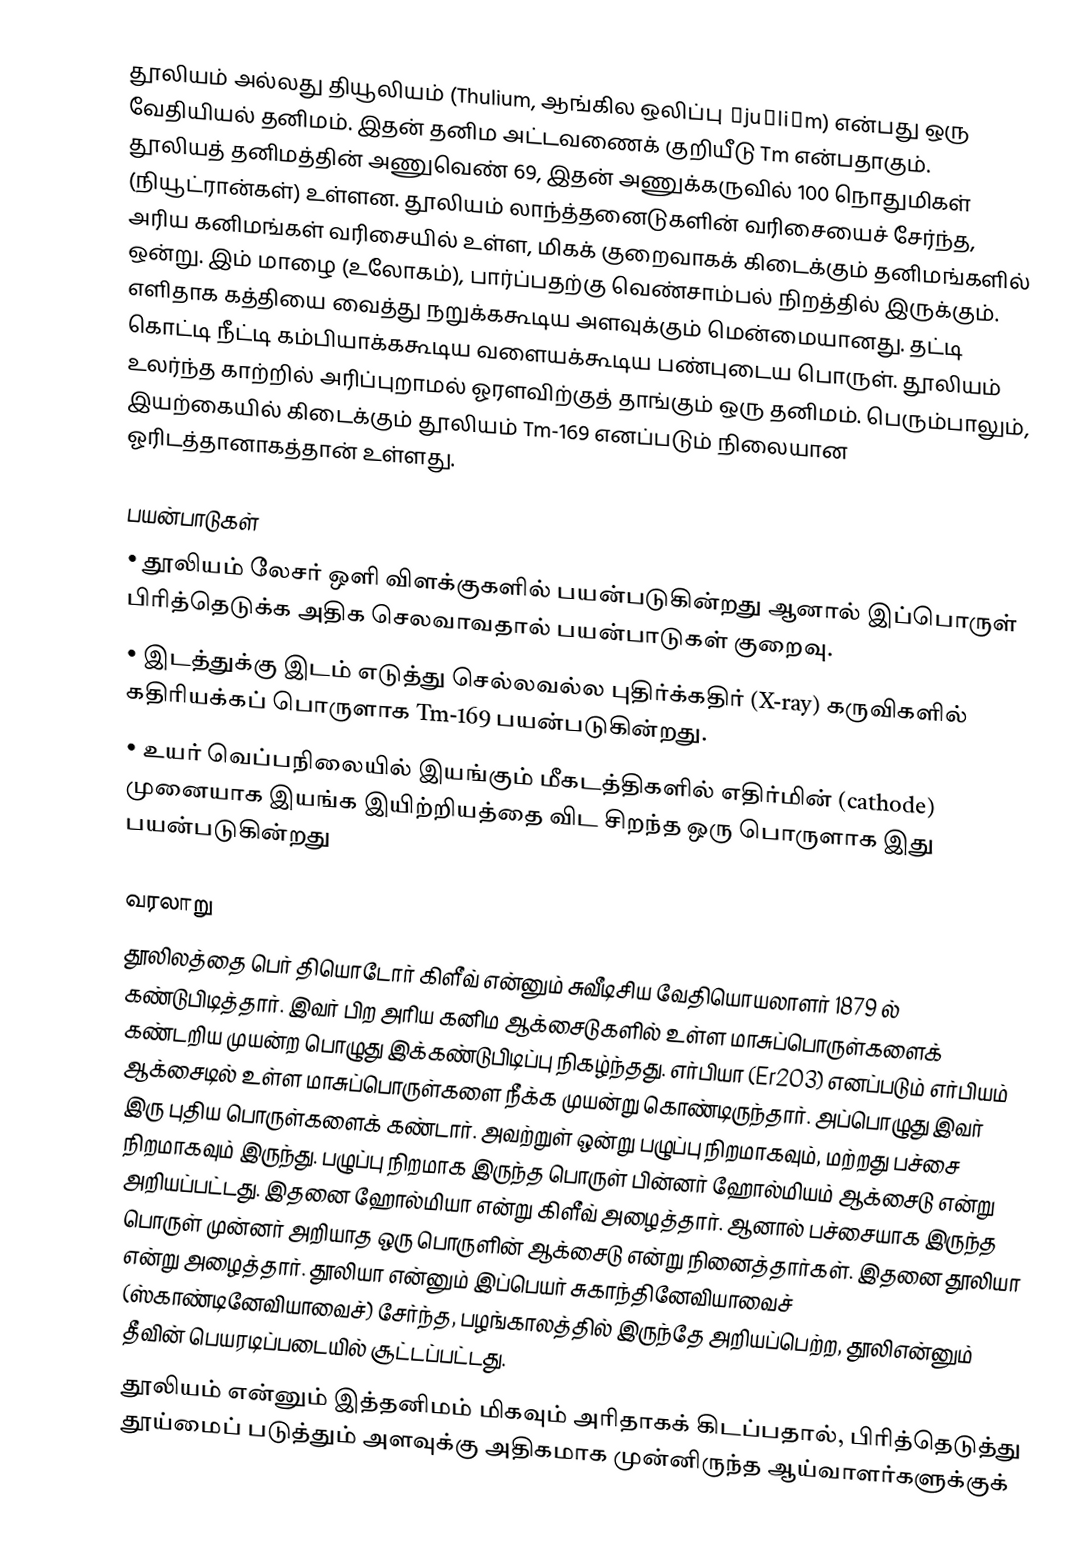
தூலியம் அல்லது தியூலியம் (Thulium, ஆங்கில ஒலிப்பு θjuːliəm) என்பது ஒரு வேதியியல் தனிமம். இதன் தனிம அட்டவணைக் குறியீடு Tm என்பதாகும். தூலியத் தனிமத்தின் அணுவெண் 69, இதன் அணுக்கருவில் 100 நொதுமிகள் (நியூட்ரான்கள்) உள்ளன. தூலியம் லாந்த்தனைடுகளின் வரிசையைச் சேர்ந்த, அரிய கனிமங்கள் வரிசையில் உள்ள, மிகக் குறைவாகக் கிடைக்கும் தனிமங்களில் ஒன்று. இம் மாழை (உலோகம்), பார்ப்பதற்கு வெண்சாம்பல் நிறத்தில் இருக்கும். எளிதாக கத்தியை வைத்து நறுக்ககூடிய அளவுக்கும் மென்மையானது. தட்டி கொட்டி நீட்டி கம்பியாக்ககூடிய வளையக்கூடிய பண்புடைய பொருள். தூலியம் உலர்ந்த காற்றில் அரிப்புறாமல் ஓரளவிற்குத் தாங்கும் ஒரு தனிமம். பெரும்பாலும், இயற்கையில் கிடைக்கும் தூலியம் Tm-169 எனப்படும் நிலையான ஓரிடத்தானாகத்தான் உள்ளது.

பயன்பாடுகள்
•	தூலியம் லேசர் ஒளி விளக்குகளில் பயன்படுகின்றது ஆனால் இப்பொருள் பிரித்தெடுக்க அதிக செலவாவதால் பயன்பாடுகள் குறைவு.
•	இடத்துக்கு இடம் எடுத்து செல்லவல்ல புதிர்க்கதிர் (X-ray) கருவிகளில் கதிரியக்கப் பொருளாக Tm-169 பயன்படுகின்றது.
•	உயர் வெப்பநிலையில் இயங்கும் மீகடத்திகளில் எதிர்மின் (cathode) முனையாக இயங்க இயிற்றியத்தை விட சிறந்த ஒரு பொருளாக இது பயன்படுகின்றது

வரலாறு
தூலிலத்தை பெர் தியொடோர் கிளீவ் என்னும் சுவீடிசிய வேதியொயலாளர் 1879 ல் கண்டுபிடித்தார். இவர் பிற அரிய கனிம ஆக்சைடுகளில் உள்ள மாசுப்பொருள்களைக் கண்டறிய முயன்ற பொழுது இக்கண்டுபிடிப்பு நிகழ்ந்தது. எர்பியா (Er2O3) எனப்படும் எர்பியம் ஆக்சைடில் உள்ள மாசுப்பொருள்களை நீக்க முயன்று கொண்டிருந்தார். அப்பொழுது இவர் இரு புதிய பொருள்களைக் கண்டார். அவற்றுள் ஒன்று பழுப்பு நிறமாகவும், மற்றது பச்சை நிறமாகவும் இருந்து. பழுப்பு நிறமாக இருந்த பொருள் பின்னர் ஹோல்மியம் ஆக்சைடு என்று அறியப்பட்டது. இதனை ஹோல்மியா என்று கிளீவ் அழைத்தார். ஆனால் பச்சையாக இருந்த பொருள் முன்னர் அறியாத ஒரு பொருளின் ஆக்சைடு என்று நினைத்தார்கள். இதனை தூலியா என்று அழைத்தார். தூலியா என்னும் இப்பெயர் சுகாந்தினேவியாவைச் (ஸ்காண்டினேவியாவைச்) சேர்ந்த, பழங்காலத்தில் இருந்தே அறியப்பெற்ற, தூலிஎன்னும் தீவின் பெயரடிப்படையில் சூட்டப்பட்டது.
தூலியம் என்னும் இத்தனிமம் மிகவும் அரிதாகக் கிடப்பதால், பிரித்தெடுத்து தூய்மைப் படுத்தும் அளவுக்கு அதிகமாக முன்னிருந்த ஆய்வாளர்களுக்குக்